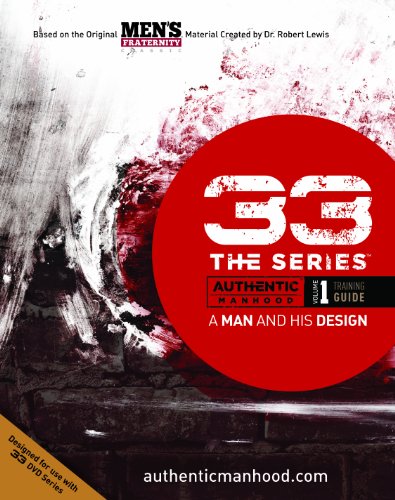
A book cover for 33 The Series: A Man and His Design (Training Guide); LifeWay Church Resources; Christian Books & Bibles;